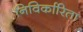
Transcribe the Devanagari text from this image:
निविर्कारिता